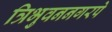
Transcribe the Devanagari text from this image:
त्रिभुवननगरपे